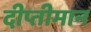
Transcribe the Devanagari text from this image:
दीप्तीमान